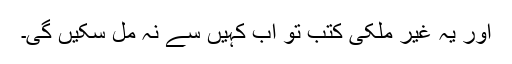
اور یہ غیر ملکی کتب تو اب کہیں سے نہ مل سکیں گی۔